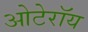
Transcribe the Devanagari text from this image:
ओटेरॉय